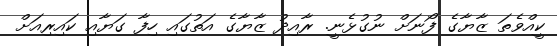
ކީއްވެތަ ޒާޔާގެ ފޯނަށް ނުގުޅެނީ. ރާއިދު ޒާޔާގެ އަތުގައި ހިފާ ގަޔާއި ކައިރިއަށް